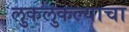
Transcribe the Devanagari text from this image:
लुकलुकल्याचा